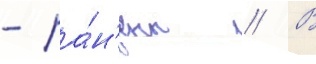
- ра́н'ены // В